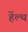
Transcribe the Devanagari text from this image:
हेंल्थ